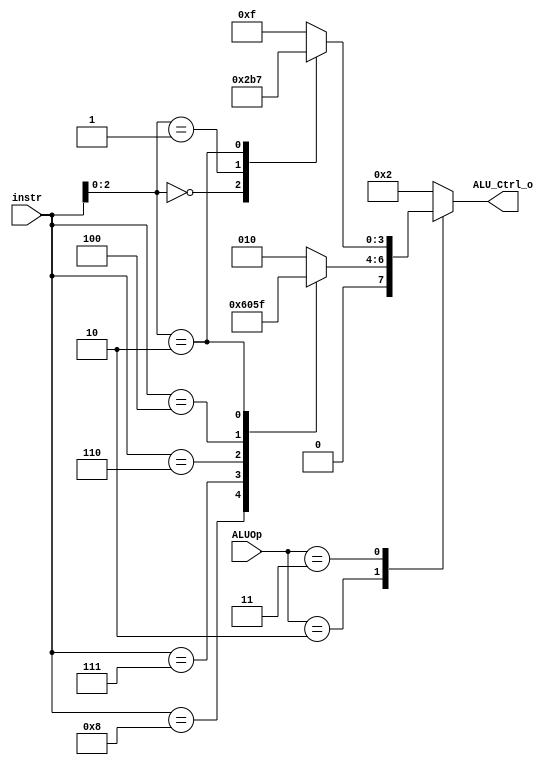
/***************************************************
Student Name: 
Student ID: 
***************************************************/

`timescale 1ns/1ps

module ALU_Ctrl(
	input		[4-1:0]	instr,
	input		[2-1:0]	ALUOp,
	output wire	[4-1:0] ALU_Ctrl_o
	);

reg [3:0] alu_ctrl_o;

  always@ (*) begin
    case(ALUOp)
	  2'b00: begin // I, S type
	      alu_ctrl_o = 4'b0010;
	  end
	  2'b10: begin // R type
	    casex(instr)
		  4'b0000: alu_ctrl_o = 4'b0010; //add
		  4'b1000: alu_ctrl_o = 4'b0110; //sub
		  4'b0111: alu_ctrl_o = 4'b0000; //and
		  4'b0110: alu_ctrl_o = 4'b0001; //or
		  4'b0100: alu_ctrl_o = 4'b0011; //xor
		  4'bx010: alu_ctrl_o = 4'b0111; //slt , slti
		  default: alu_ctrl_o = 4'b0010;
		endcase
	  end
	  2'b11: begin //I type
	      case(instr[2:0])
		      3'b000: alu_ctrl_o = 4'b0010; //addi
		      3'b001: alu_ctrl_o = 4'b1011; //slli
		      3'b010: alu_ctrl_o = 4'b0111; //slti
		      default:alu_ctrl_o = 4'b1111;
	      endcase
	  end
	  default: alu_ctrl_o = 4'b0010;
	endcase
end

assign ALU_Ctrl_o = alu_ctrl_o;

endmodule

//R: add, sub, or, and, xor, slt // 10
//I: addi, slli, slti, lw, nop // 00
//S: sw // 00